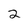
Character: 2